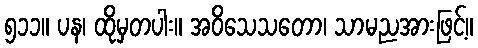
၅၁၁။ ပန၊ ထိုမှတပါး။ အဝိသေသတော၊ သာမညအားဖြင့်။